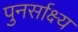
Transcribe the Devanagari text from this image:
पुनर्साक्ष्य